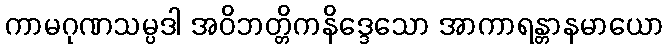
ကာမဂုဏသမ္ပဒါ အဝိဘတ္တိကနိဒ္ဒေသော အာကာရန္တာနမာယော